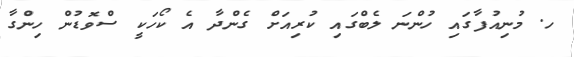
ހ. މުނިއުފާގައި ހުންނަ ލެބްގައި ކުރިއަށް ގެންދާ އެ ކޯހަކީ ސްވޮޑުން ހިންގާ